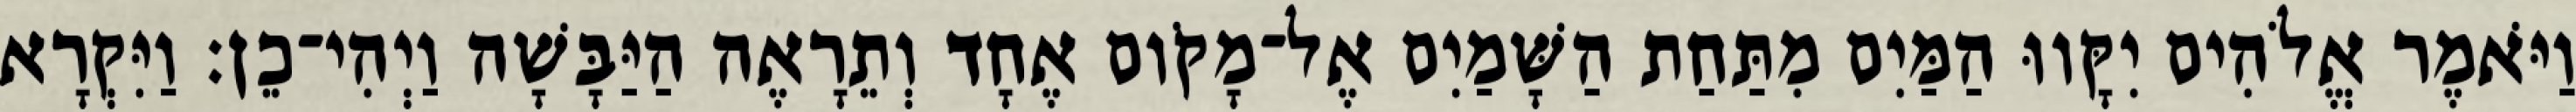
וַיֹּאמֶר אֱלֹהִים יִקָּווּ הַמַּיִם מִתַּחַת הַשָּׁמַיִם אֶל־מָקֹום אֶחָד וְתֵרָאֶה הַיַּבָּשָׁה וַיְהִי־כֵן׃ וַיִּקְרָא